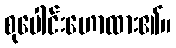
စုပေါင်းဟောထား၏။